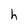
Character: h